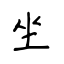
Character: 坐